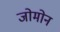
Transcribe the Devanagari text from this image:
जोमोन